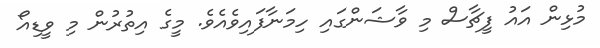
މުޅިން އައު ފީޗާސް މި ވާޝަންގައި ހިމަނާފައިވެއެވެ. މީގެ އިތުރުން މި ވީޑިއޯ